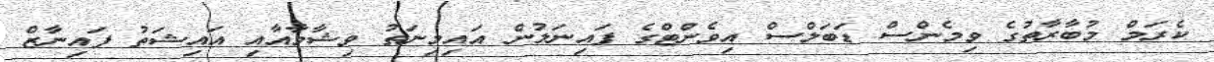
ކެރަމް މުބާރާތުގެ ވިމެންސް ޑަބަލްސް އިވެންޓްގެ ފައިނަލުން އައިމިނަތު ވިޝާމާއާއި އައިޝަތު ފައިނާޒް